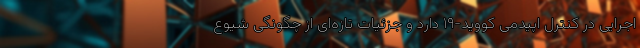
اجرایی در کنترل اپیدمی کووید-۱۹ دارد و جزئیات تازه‌ای از چگونگی شیوع